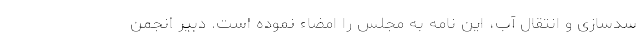
سدسازی و انتقال آب، این نامه به مجلس را امضاء نموده است. دبیر انجمن